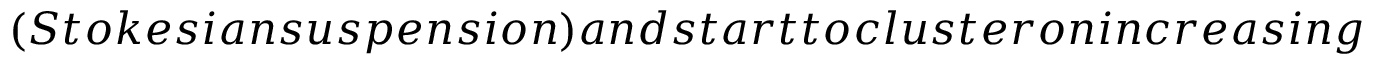
( S t o k e s i a n s u s p e n s i o n ) a n d s t a r t t o c l u s t e r o n i n c r e a s i n g